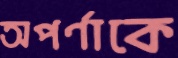
অপর্ণাকে